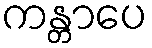
ကန္တာပေ